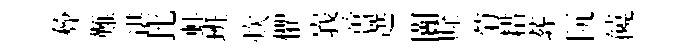
彜難谌比蛙班炊懼峩啻選闠賖菊耤葬阮饒